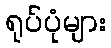
ရုပ်ပုံများ